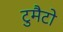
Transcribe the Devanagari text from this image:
टुमैटो